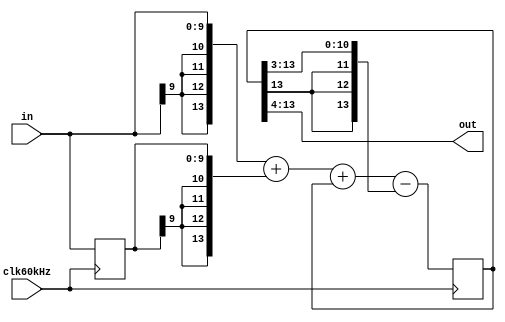
module LPF0(out,in,clk60kHz); 
input clk60kHz;
input signed [9:0] in;
output signed [9:0] out;
assign out=out16[13:4];
reg signed [13:0] out16;     				// out16 = 16*theta
reg signed [9:0] in_1;       				// in_1 = in(k-1)
wire signed [13:0] temp_sum;
assign temp_sum={{4{in[9]}},in}+{{4{in_1[9]}},in_1}+out16
                  -{{3{out16[13]}},out16[13:3]};
always @(posedge clk60kHz) begin
	 out16 <= temp_sum;
	 in_1 <= in;
end


endmodule